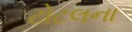
ટોટલના